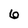
Character: 6